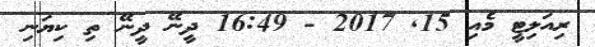
ރިއަލިޓީ މެއި 15